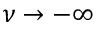
\nu \to - \infty